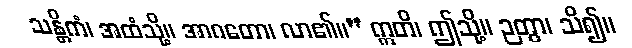
သန္တိကံ၊ အထံသို့။ အာဂတော၊ လာ၏။” ဣတိ၊ ဤသို့။ ဉတွာ၊ သိ၍။